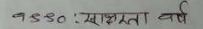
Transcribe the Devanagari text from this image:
१९८० : साक्षरता वर्ष